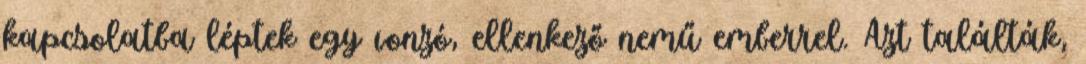
kapcsolatba léptek egy vonzó, ellenkező nemű emberrel. Azt találták,